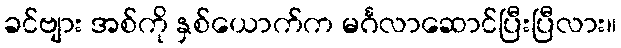
ခင်ဗျား အစ်ကို နှစ်ယောက်က မင်္ဂလာဆောင်ပြီးပြီလား။